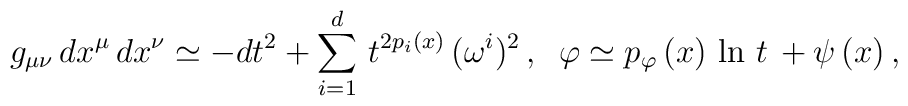
g_{\mu \nu} \, dx^{\mu} \, dx^{\nu} \simeq -dt^2 + \sum_{i=1}^d \, t^{2 p_i (x)} \, (\omega^i)^2 \, , \; \;\varphi \simeq p_{\varphi} \, (x) \, \ln \, t \, +\psi \, (x) \, ,